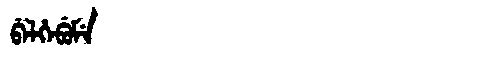
Manchu: ᠪᡝᠯᡥᡝᠪᡠᠮᡝ
Romanization: BELHEBUME